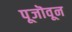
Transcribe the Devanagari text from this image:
पूजॊवून